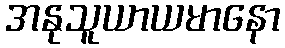
အနုသူယာယမာနော